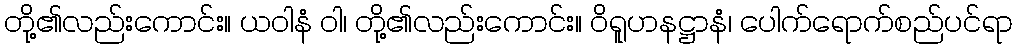
တို့၏လည်းကောင်း။ ယဝါနံ ဝါ၊ တို့၏လည်းကောင်း။ ဝိရူဟနဋ္ဌာနံ၊ ပေါက်ရောက်စည်ပင်ရာ